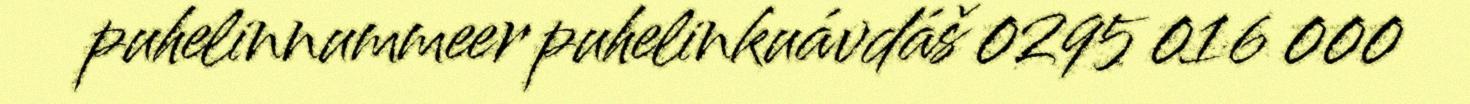
puhelinnummeer puhelinkuávdáš 0295 016 000